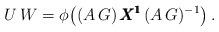
LaTeX: \begin{align*}U \, W = \phi \big( (A \, G) \, {\pmb{X^1}} \, (A \, G)^{-1} \big) \, .\end{align*}